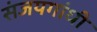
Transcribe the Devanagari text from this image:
संजयगांधी